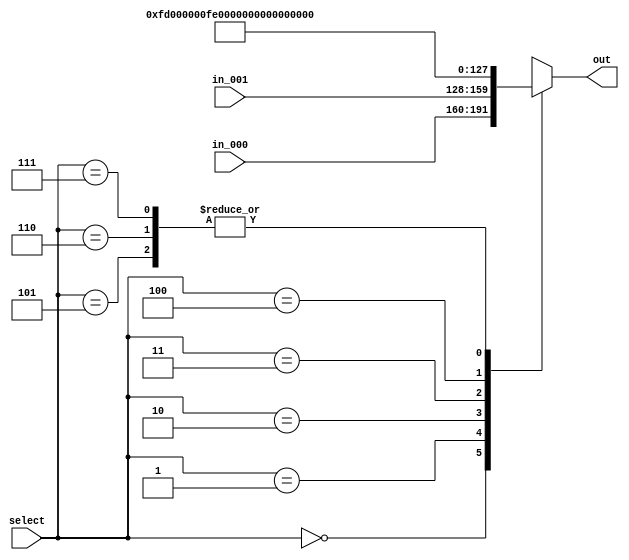
module mux_IorD(
    input  wire  [2:0]  select,
    input  wire  [31:0] in_000, // PC
    input  wire  [31:0] in_001, // ALUOut
    output reg  [31:0] out
);

    always @(*) begin
        case(select)
            3'b000: out = in_000;
            3'b001: out = in_001;
            3'b010: out = 32'b11111101; // 253
            3'b011: out = 32'b11111110; // 254
            3'b100: out = 32'b11111111; // 255
            3'b101: out = 32'b0; // entradas unitilizadas
            3'b110: out = 32'b0;
            3'b111: out = 32'b0;
        endcase
        
    end
endmodule